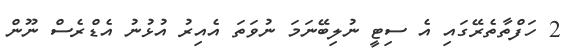
2 ހަފްތާތެރޭގައި އެ ސިޓީ ނުލިބޭނަމަ ނުވަތަ އެއިރު އުޅުނު އެޑްރެސް ނޫން